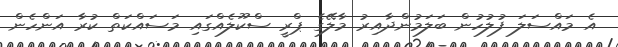
އެ މައްސަލަ ފުލުހުން ބަލަމުންދާއިރު މާލޭގެ ޕްރީ ސްކޫލެއްގައި މަސައްކަތް ކުރާ އަންހެން